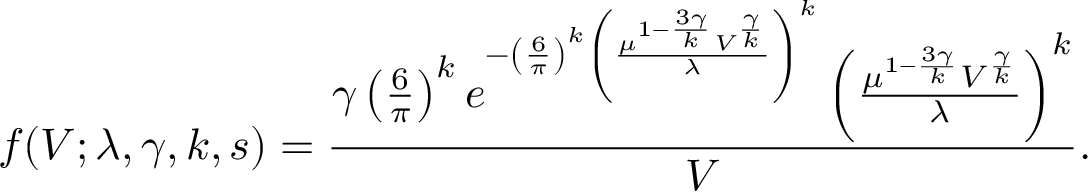
f ( V ; \lambda , \gamma , k , s ) = \frac { \gamma \left( \frac { 6 } { \pi } \right) ^ { k } e ^ { - \left( \frac { 6 } { \pi } \right) ^ { k } \left( \frac { \mu ^ { 1 - \frac { 3 \gamma } { k } } V ^ { \frac { \gamma } { k } } } { \lambda } \right) ^ { k } } \left( \frac { \mu ^ { 1 - \frac { 3 \gamma } { k } } V ^ { \frac { \gamma } { k } } } { \lambda } \right) ^ { k } } { V } .